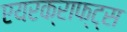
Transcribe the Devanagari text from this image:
एयरक्राफ्ट्स